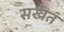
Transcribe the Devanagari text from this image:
सखत